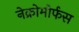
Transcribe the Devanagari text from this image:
नेक्रोमोर्फस